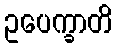
ဥပေက္ခာတိ